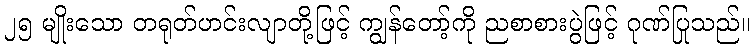
၂၅ မျိုးသော တရုတ်ဟင်းလျာတို့ဖြင့် ကျွန်တော့်ကို ညစာစားပွဲဖြင့် ဂုဏ်ပြုသည်။